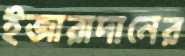
ইজারাদানের